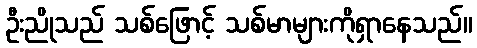
ဦးညိုသည် သစ်ဖြောင့် သစ်မာများကိုရှာနေသည်။